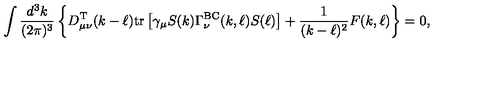
\int \frac { d ^ { 3 } k } { ( 2 \pi ) ^ { 3 } } \left\{ D _ { \mu \nu } ^ { \mathrm { T } } ( k - \ell ) \mathrm { t r } \left[ \gamma _ { \mu } S ( k ) \Gamma _ { \nu } ^ { \mathrm { B C } } ( k , \ell ) S ( \ell ) \right] + \frac { 1 } { ( k - \ell ) ^ { 2 } } F ( k , \ell ) \right\} = 0 ,